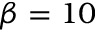
\beta = 1 0